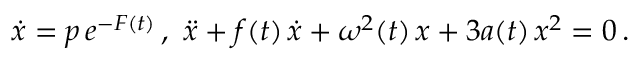
\dot { x } = p \, e ^ { - F ( t ) } \, , \, \, \ddot { x } + f ( t ) \, \dot { x } + \omega ^ { 2 } ( t ) \, x + 3 a ( t ) \, x ^ { 2 } = 0 \, .